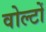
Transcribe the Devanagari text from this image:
वोल्टों